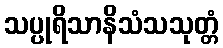
သပ္ပုရိသာနိသံသသုတ္တံ